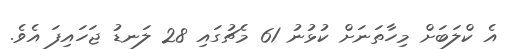
އެ ކްލަބަށް މިހާތަނަށް ކުޅުނު 61 މެޗުގައި 28 ލަނޑު ޖަހައިފަ އެވެ.